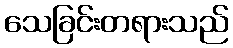
သေခြင်းတရားသည်